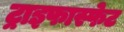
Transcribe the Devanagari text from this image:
ट्राइफास्फेट